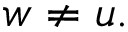
w \ne u .